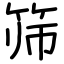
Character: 筛